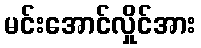
မင်းအောင်လှိုင်အား